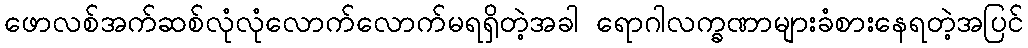
ဖောလစ်အက်ဆစ်လုံလုံလောက်လောက်မရရှိတဲ့အခါ ရောဂါလက္ခဏာများခံစားနေရတဲ့အပြင်